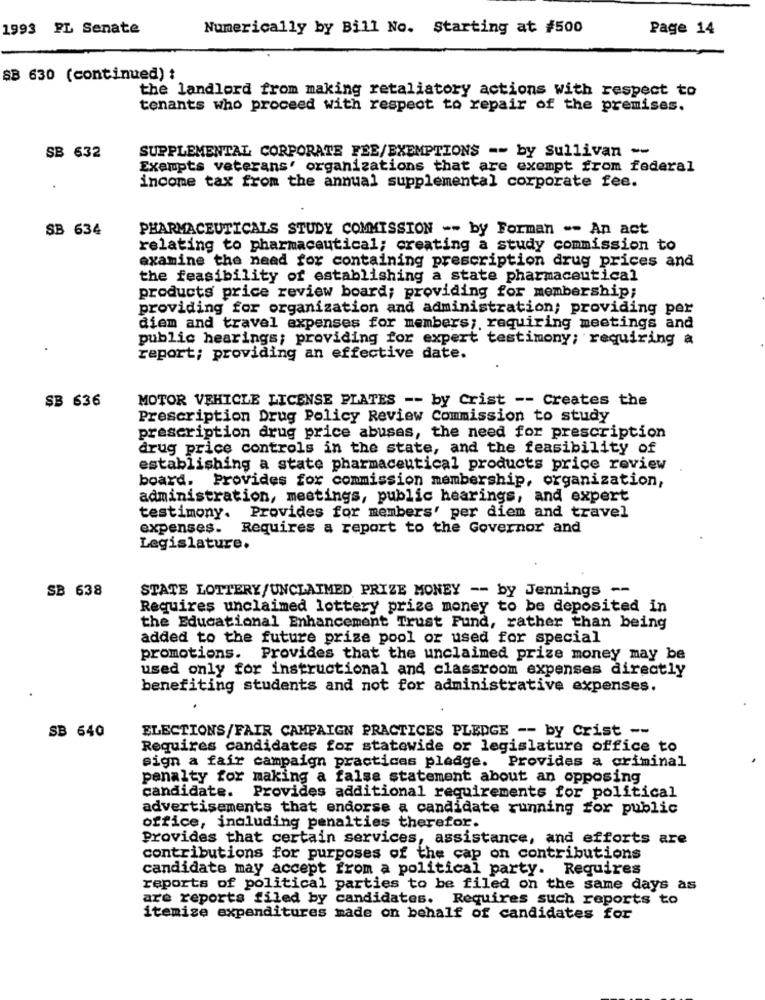
1993 PL Senate
Numerically by Bill No. Starting at #500
Page 14
SB 630 (continued) :
the landlord from making retaliatory actions with respect to
tenants who proceed with respect to repair of the premises.
SUPPLEMENTAL CORPORATE FEE/EXEMPTIONS => by Sullivan --
SB 632
Exempts veterans' organizations that are exempt from federal
.
income tax from the annual supplemental corporate fee.
SB 634
PHARMACEUTICALS STUDY COMMISSION -- by Forman -- An act
relating to pharmaceutical; creating a study commission to
examine the need for containing prescription drug prices and
the feasibility of establishing a state pharmaceutical
products price review board; providing for membership;
providing for organization and administration; providing per
diem and travel expenses for members ;, requiring meetings and
public hearings; providing for expert testimony; requiring a
report; providing an effective date.
SB 636
MOTOR VEHICLE LICENSE PLATES -- by Crist -- Creates the
Prescription Drug Policy Review Commission to study
prescription drug price abusas, the need for prescription
drug price controls in the state, and the feasibility of
establishing a state pharmaceutical products price review
board. Provides for commission membership, organization,
administration, meetings, public hearings, and expert
testimony.
Provides for members' per diem and travel
expenses.
Requires a report to the Governor and
Legislature.
SB 638
STATE LOTTERY/UNCLAIMED PRIZE MONEY -- by Jennings --
Requires unclaimed lottery prize money to be deposited in
the Educational Enhancement Trust Fund, rather than being
added to the future prize pool or used for special
promotions. Provides that the unclaimed prize money may be
used only for instructional and classroom expenses directly
benefiting students and not for administrative expenses.
.
SB 640
ELECTIONS/FAIR CAMPAIGN PRACTICES PLEDGE -- by Crist --
Requires candidates for statewide or legislature office to
sign a fair campaign practicas pledge. Provides a criminal
penalty for making a false statement about an opposing
candidate. Provides additional requirements for political
advertisements that endorse a candidate running for public
office, including penalties therefor.
Provides that certain services, assistance, and efforts are
contributions for purposes of the cap on contributions
candidate may accept from a political party. Requires
reports of political parties to be filed on the same days as
are reports filed by candidates. Requires such reports to
itemize expenditures made on behalf of candidates for